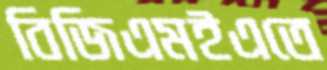
বিজিএমইএতে